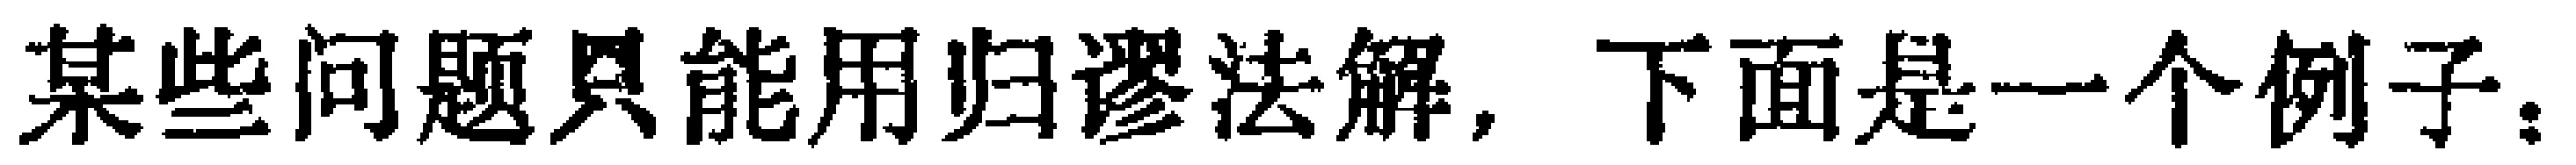
某些问题只能用归谬法解，下面是一个例子：